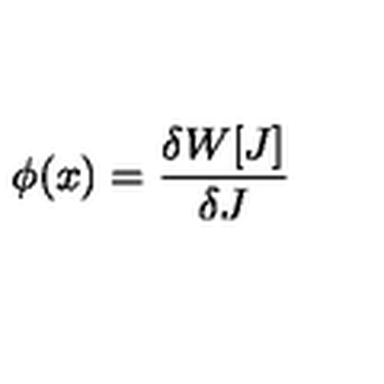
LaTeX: \phi ( x ) = { \frac { \delta W [ J ] } { \delta J } }